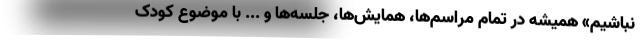
نباشیم» همیشه در تمام مراسم‌ها، همایش‌ها، جلسه‌ها و ... با موضوع کودک